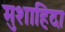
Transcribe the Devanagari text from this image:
मुशाहिदा